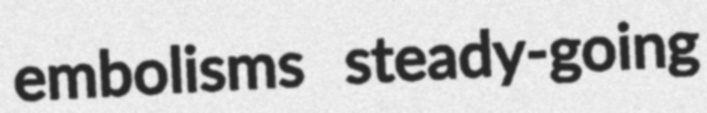
embolisms steady-going